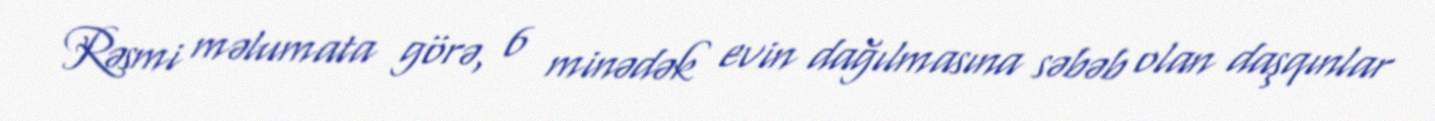
Rəsmi məlumata görə, 6 minədək evin dağılmasına səbəb olan daşqınlar